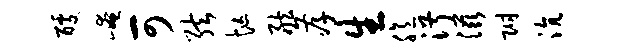
醵崦可弦忙舷孝生臆淑滋附沆